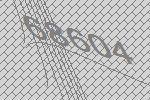
68604